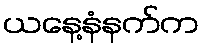
ယနေ့နံနက်က